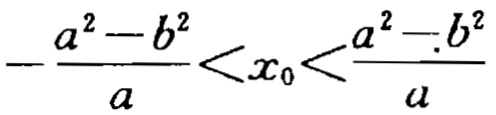
\(-\frac{a^{2}-b^{2}}{a}<x_{0}<\frac{a^{2}-b^{2}}{a}\)